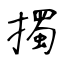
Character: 擉